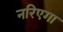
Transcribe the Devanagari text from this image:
नरिएगा